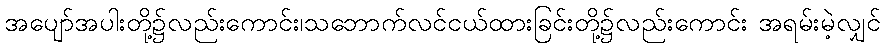
အပျော်အပါးတို့၌လည်းကောင်း၊သဘောက်လင်ငယ်ထားခြင်းတို့၌လည်းကောင်း အရမ်းမဲ့လျှင်